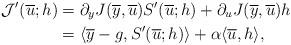
LaTeX: \begin{align*}\mathcal{J}'(\overline{u};h)&=\partial_{y} J(\overline{y},\overline{u}) S'(\overline{u};h) +\partial_{u} J(\overline{y},\overline{u})h \\&=\langle \overline{y}-g, S'(\overline{u};h) \rangle + \alpha \langle \overline{u}, h\rangle,\end{align*}